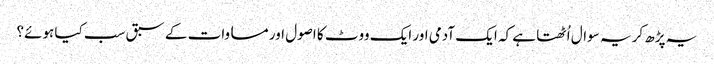
یہ پڑھ کر یہ سوال اُٹھتا ہے کہ ایک آدمی اور ایک ووٹ کا اصول اور مساوات کے سبق سب کیا ہوئے؟